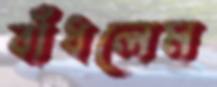
বাঁধলেম